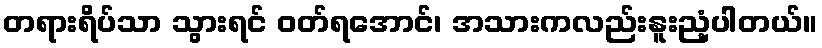
တရားရိပ်သာ သွားရင် ဝတ်ရအောင်၊ အသားကလည်းနူးညံ့ပါတယ်။